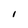
Character: I